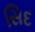
સિદ